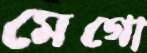
মেগো